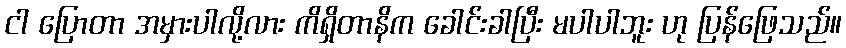
ငါ ပြောတာ အမှားပါလို့လား ကိရှိတာနိက ခေါင်းခါပြီး မပါပါဘူး ဟု ပြန်ဖြေသည်။